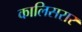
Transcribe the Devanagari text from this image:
कालिसरार